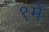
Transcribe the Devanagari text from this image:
९मे